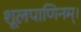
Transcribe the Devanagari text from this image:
शूलपाणिनम्।